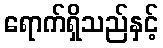
ရောက်ရှိသည်နှင့်